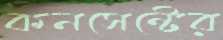
কনসেন্টের